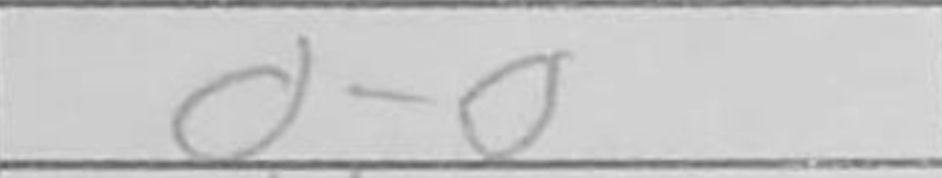
Transcription: O-O